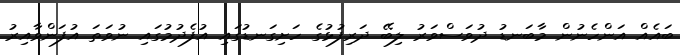
ބައެއް އަންހެނުން މާބަނޑު ދުވަސްވަރު ލިބޭ ދަރިފުޅުގެ ހަށިގަނޑުގައި އުފެދުމުގައި ނުވަތަ އުފަންވާއިރު